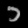
Digit: ၁